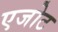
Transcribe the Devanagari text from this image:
एजोट